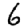
Digit: 6